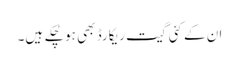
ان کے کئی گیت ریکارڈ بھی ہو چُکے ہیں۔